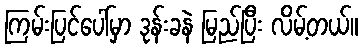
ကြမ်းပြင်ပေါ်မှာ ဒုန်းခနဲ မြည်ပြီး လိမ့်တယ်။